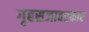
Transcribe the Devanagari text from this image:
गृहसजावटकार